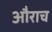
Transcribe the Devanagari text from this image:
औराच